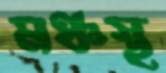
মঞ্চস্থ